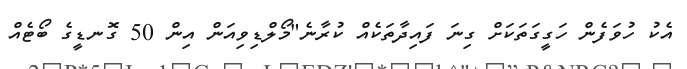
އެކު ހުވަފެން ހަގީގަތަކަށް ގިނަ ފައިދާތަކެއް ކުރާނެ"މޯލްޑިވިއަން އިން 50 ގޮނޑީގެ ބޯޓެއް